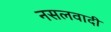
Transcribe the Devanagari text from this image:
नसलवादी